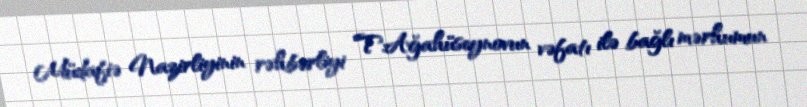
Müdafiə Nazirliyinin rəhbərliyi T.Ağahüseynovun vəfatı ilə bağlı mərhumun